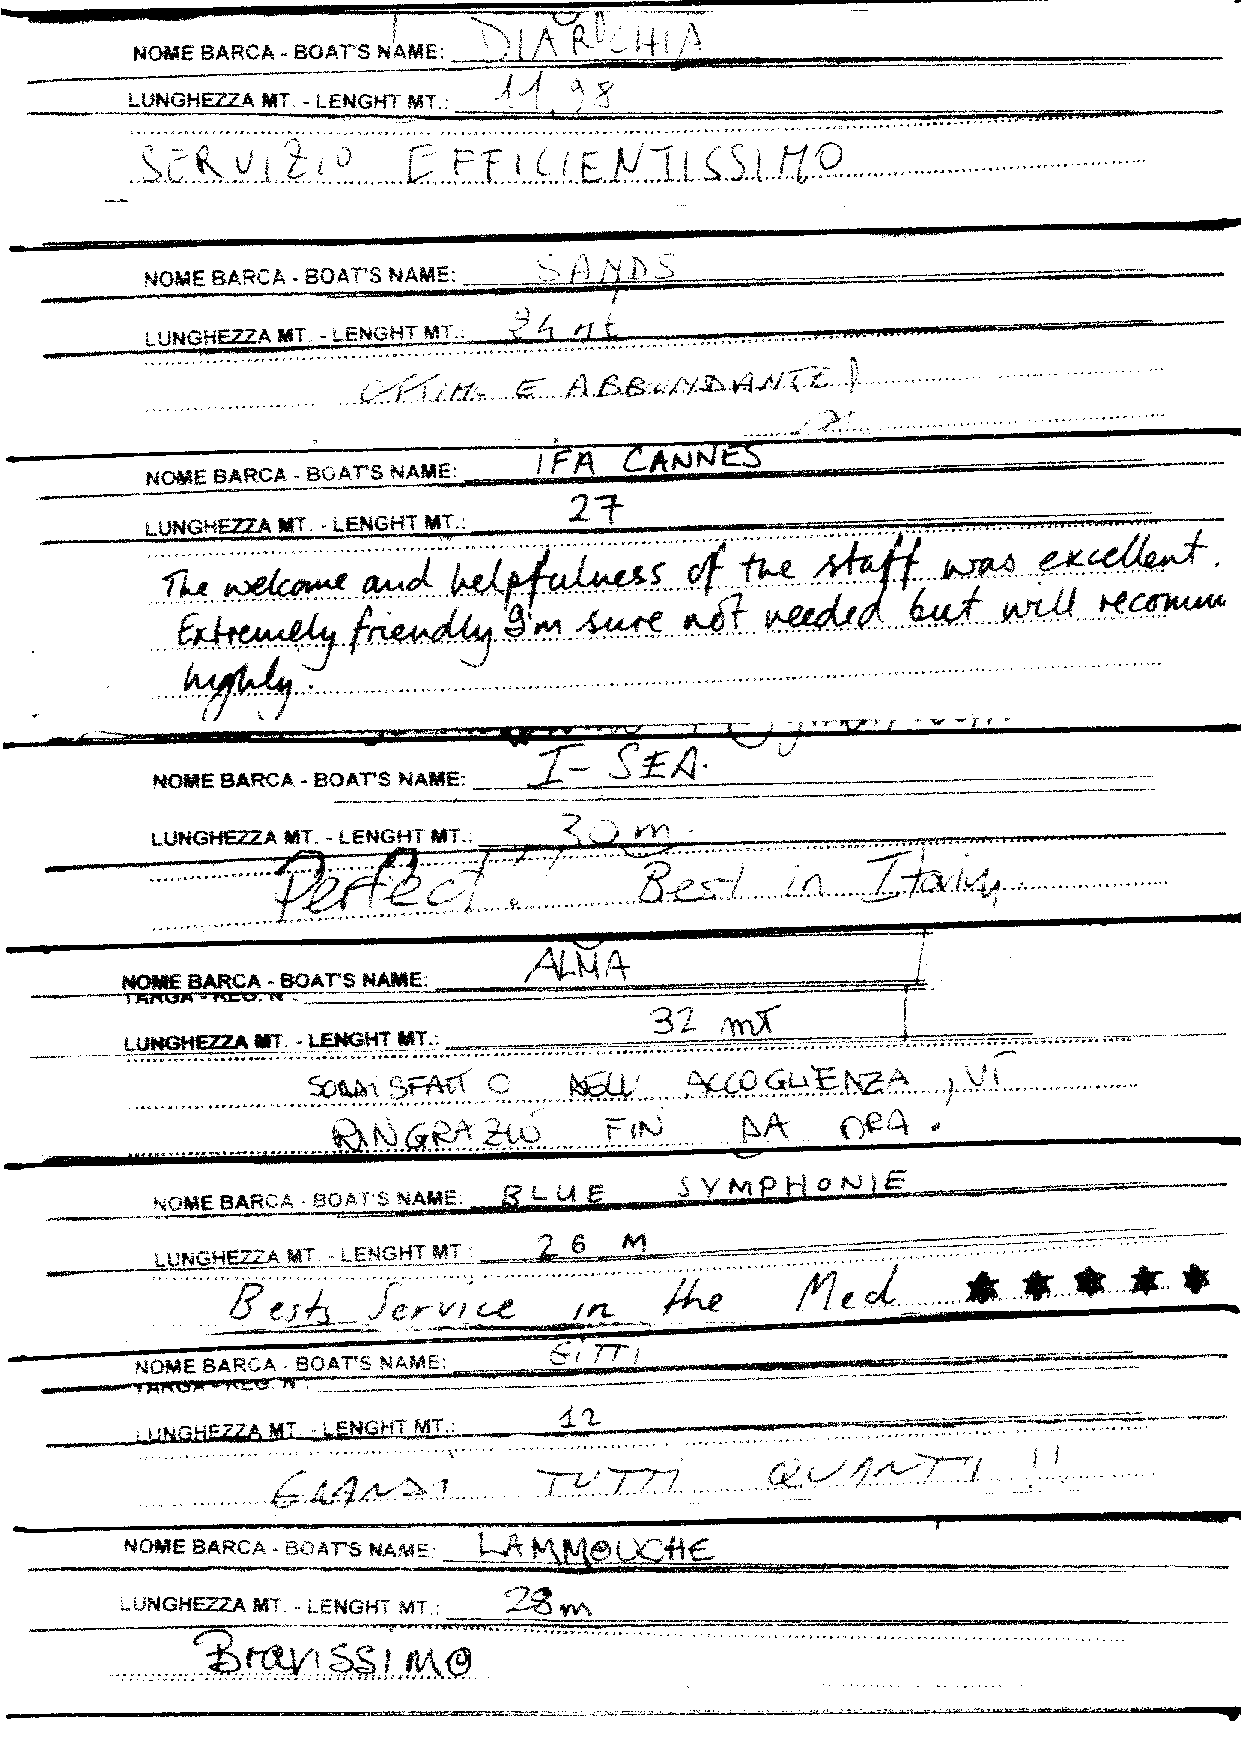
FrlST*ES ARCA . BOATS NAffiE:
 i ull.i-G*tEA Fffil--T - ib5u                      ,d:;H
 '7;ffiit'"-4:gLa
 Ik  tlxlr#   !*4   f            i'ó?M       tudé    4r*       o*
 FK}Iffi tsAfrCA - ffiA
 F?LU  É     5 yMPrl  sr'Ji5      É-  ------.-- *-
 E
 .-*-   S.qtqaAîcÀ'FoAÎs,l.Ails:
 l*s*tE BAficA " [ì0AT's b*AhÀF;